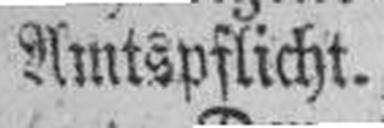
Amtspflicht.